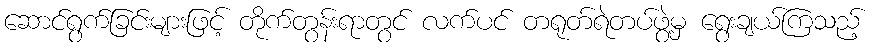
ဆောင်ရွက်ခြင်းများဖြင့် တိုက်တွန်းရာတွင် လက်ပင် တရုတ်ရဲတပ်ဖွဲ့မှ ရွေးချယ်ကြသည့်